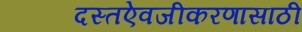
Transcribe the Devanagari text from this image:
दस्तऐवजीकरणासाठी